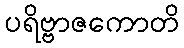
ပရိဗ္ဗာဇကောတိ